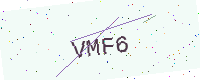
Text: VMF6